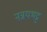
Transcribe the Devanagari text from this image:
नन्नयभट्ट